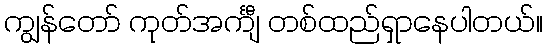
ကျွန်တော် ကုတ်အင်္ကျီ တစ်ထည်ရှာနေပါတယ်။